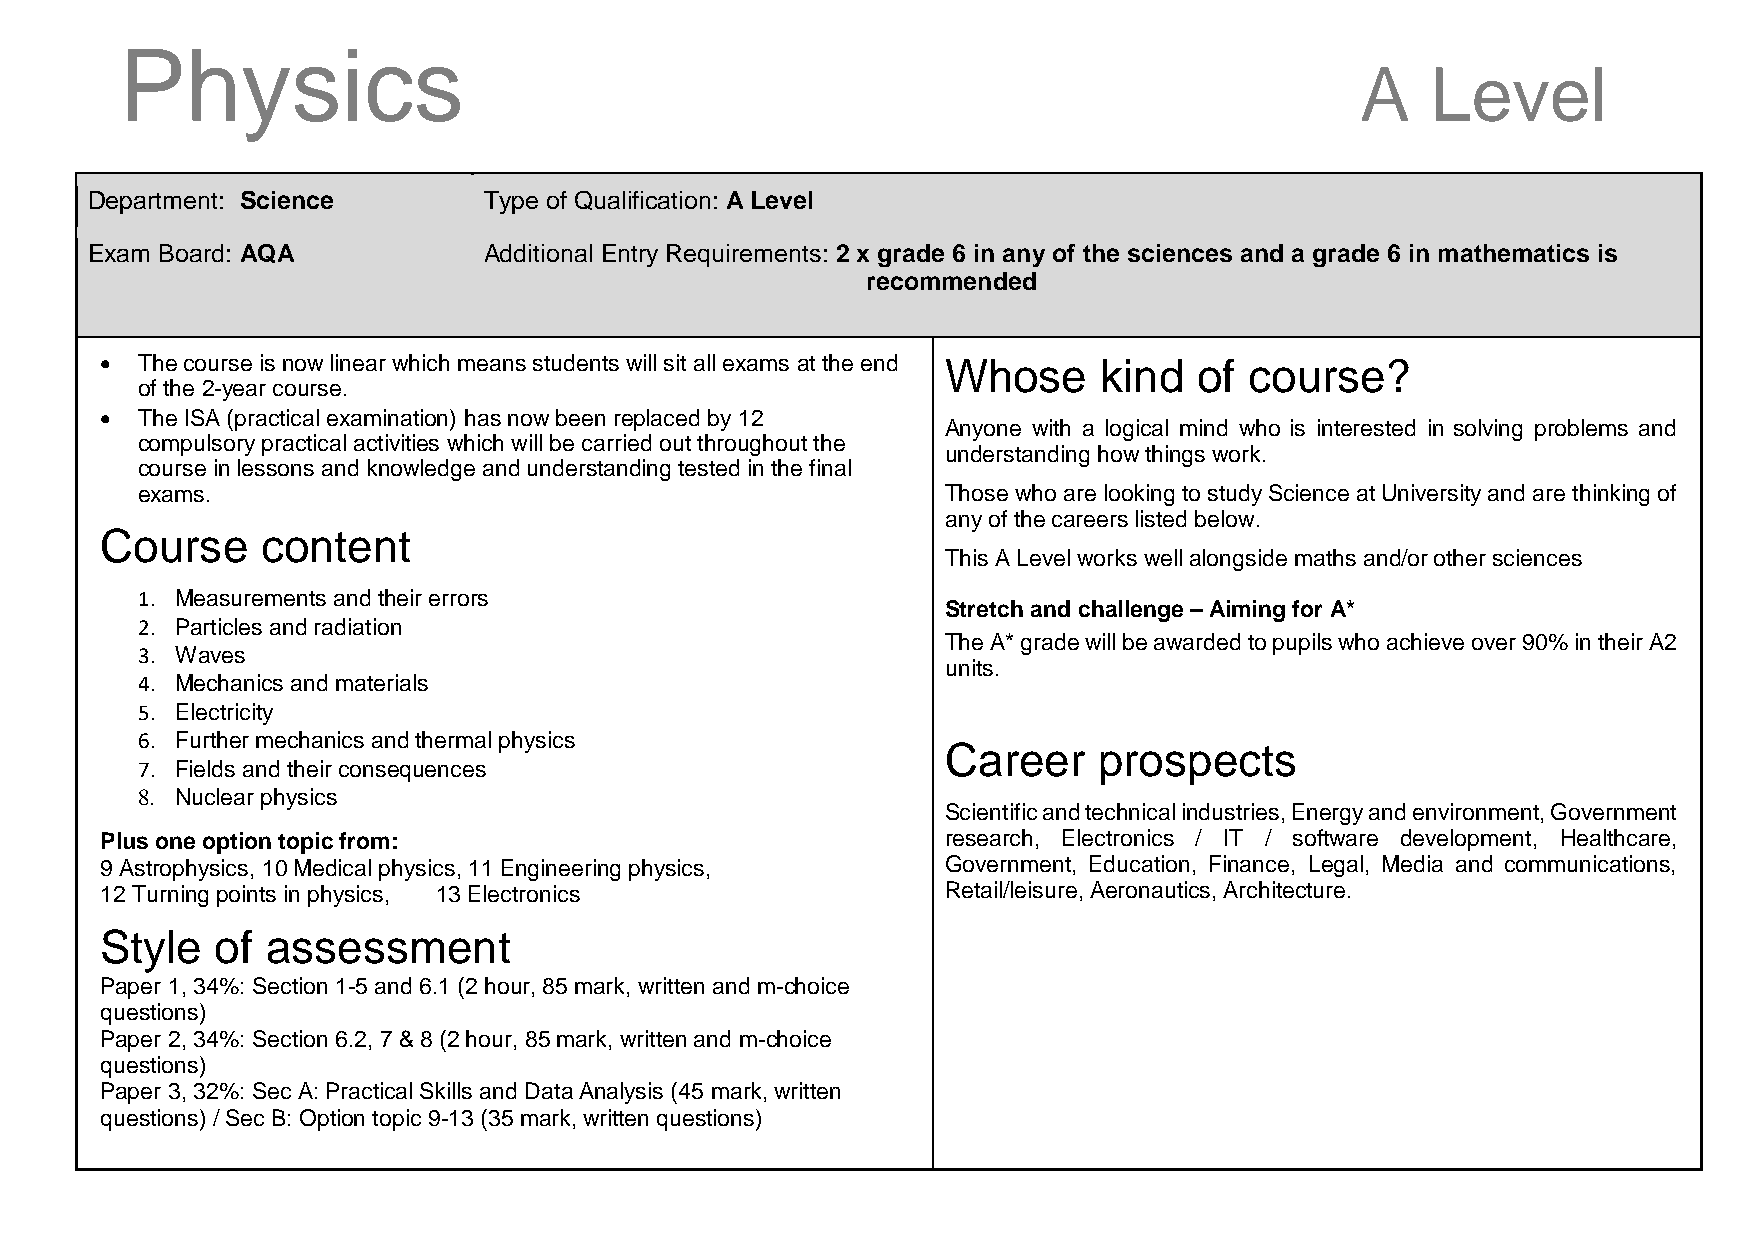
Physics
 A    Level
 Department: Science       Type of Qualification: A Level
 Exam Board: AQA           Additional Entry Requirements: 2 x grade 6 in any of the sciences and a grade 6 in mathematics is
 recommended
  The course is now linear which means students will sit all exams at the end Whose kind of course?
 of the 2-year course.
 
  The ISA (practical examination) has now been replaced by 12
 Anyone with a logical mind who is interested in solving problems and
 compulsory practical activities which will be carried out throughout the
 understanding how things work.
 course in lessons and knowledge and understanding tested in the final
 exams.                                               Those who are looking to study Science at University and are thinking of
 any of the careers listed below.
 Course    content
 This A Level works well alongside maths and/or other sciences
 1. Measurements and their errors
 Stretch and challenge – Aiming for A*
 2. Particles and radiation
 The A* grade will be awarded to pupils who achieve over 90% in their A2
 3. Waves
 units.
 4. Mechanics and materials
 5. Electricity
 6. Further mechanics and thermal physics
 Career    prospects
 7. Fields and their consequences
 8. Nuclear physics
 Scientific and technical industries, Energy and environment, Government
 Plus one option topic from:                             research, Electronics / IT / software development, Healthcare,
 9 Astrophysics, 10 Medical physics, 11 Engineering physics, Government, Education, Finance, Legal, Media and communications,
 12 Turning points in physics, 13 Electronics            Retail/leisure, Aeronautics, Architecture.
 Style  of  assessment
 Paper 1, 34%: Section 1-5 and 6.1 (2 hour, 85 mark, written and m-choice
 questions)
 Paper 2, 34%: Section 6.2, 7 & 8 (2 hour, 85 mark, written and m-choice
 questions)
 Paper 3, 32%: Sec A: Practical Skills and Data Analysis (45 mark, written
 questions) / Sec B: Option topic 9-13 (35 mark, written questions)